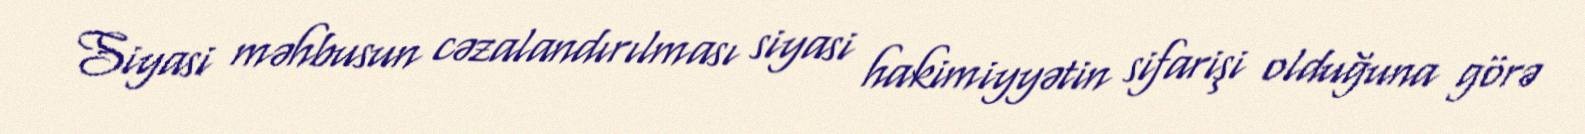
Siyasi məhbusun cəzalandırılması siyasi hakimiyyətin sifarişi olduğuna görə